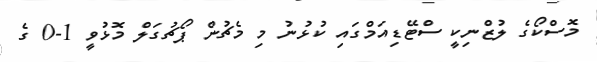
މޮސްކޯގެ ލުޒްނިކީ ސްޓޭޑިއަމްގައި ކުޅުނު މި މެޗުން ޕޯޗުގަލް މޮޅުވީ 1-0 ގެ